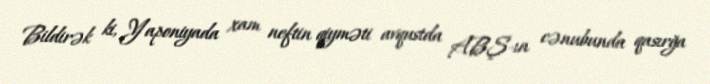
Bildirək ki, Yaponiyada xam neftin qiyməti avqustda ABŞ-ın cənubunda qasırğa